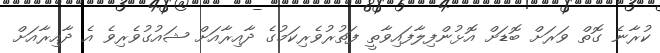
ކުރާނެ ގޮތް ވަރަށް ބޮޑަށް އޮޅުންފިލާފައިވާތީ ފަތުރުވެރިކަމުގެ ދާއިރާއަށް ޝައުގުވެރިވެ އެ ދާއިރާއަށް